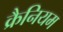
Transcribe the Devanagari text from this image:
क्रैनियम